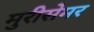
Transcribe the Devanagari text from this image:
मुरीसेमर